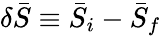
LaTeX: \delta\bar{S}\equiv\bar{S}_{i}-\bar{S}_{f}